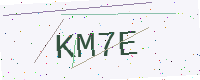
Text: KM7E